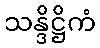
သန္ဒိဋ္ဌိကံ